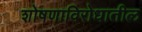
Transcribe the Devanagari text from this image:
शोषणाविरोधातील